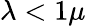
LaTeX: \lambda<1\mu